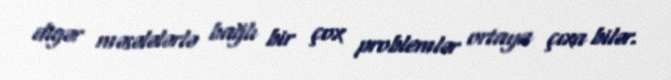
digər məsələlərlə bağlı bir çox problemlər ortaya çıxa bilər.